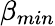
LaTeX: \beta_{min}